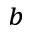
^ { b }